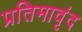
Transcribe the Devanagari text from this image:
प्रतिमावृंद